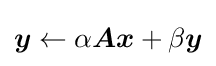
{\boldsymbol {y}}\leftarrow \alpha {\boldsymbol {A}}{\boldsymbol {x}}+\beta {\boldsymbol {y}}